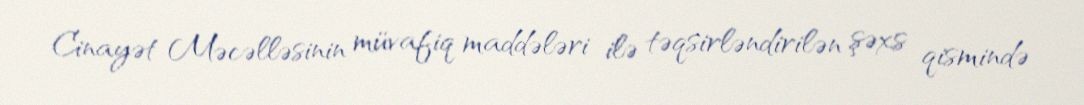
Cinayət Məcəlləsinin müvafiq maddələri ilə təqsirləndirilən şəxs qismində